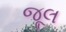
જૂલ